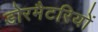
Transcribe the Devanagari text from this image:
डोरमैटरियों